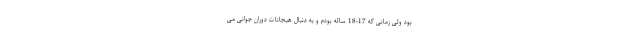
بود ولی زمانی که 17-18 ساله بودم و به دنبال هیجانات دوران جوانی می